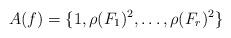
LaTeX: \begin{align*}A(f)= \{1, \rho(F_{1})^{2},\dots, \rho(F_{r})^{2} \}\end{align*}